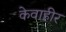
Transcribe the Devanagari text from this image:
केवाहीर